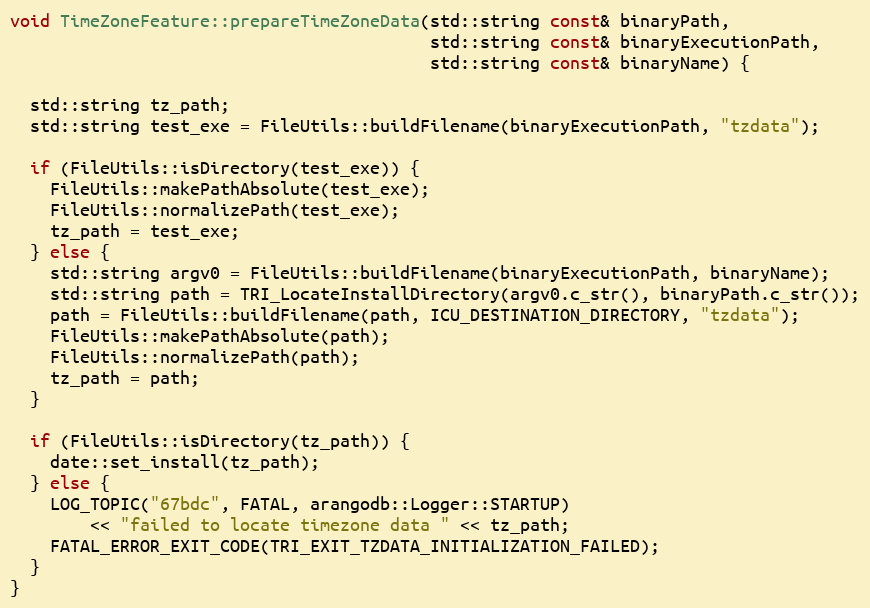
Language: C++
void TimeZoneFeature::prepareTimeZoneData(std::string const& binaryPath,
                                          std::string const& binaryExecutionPath,
                                          std::string const& binaryName) {

  std::string tz_path;
  std::string test_exe = FileUtils::buildFilename(binaryExecutionPath, "tzdata");

  if (FileUtils::isDirectory(test_exe)) {
    FileUtils::makePathAbsolute(test_exe);
    FileUtils::normalizePath(test_exe);
    tz_path = test_exe;
  } else {
    std::string argv0 = FileUtils::buildFilename(binaryExecutionPath, binaryName);
    std::string path = TRI_LocateInstallDirectory(argv0.c_str(), binaryPath.c_str());
    path = FileUtils::buildFilename(path, ICU_DESTINATION_DIRECTORY, "tzdata");
    FileUtils::makePathAbsolute(path);
    FileUtils::normalizePath(path);
    tz_path = path;
  }

  if (FileUtils::isDirectory(tz_path)) {
    date::set_install(tz_path);
  } else {
    LOG_TOPIC("67bdc", FATAL, arangodb::Logger::STARTUP)
        << "failed to locate timezone data " << tz_path;
    FATAL_ERROR_EXIT_CODE(TRI_EXIT_TZDATA_INITIALIZATION_FAILED);
  }
}